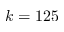
k = 1 2 5